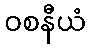
ဝစနီယံ